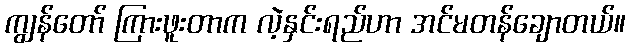
ကျွန်တော် ကြားဖူးတာက လဲ့နှင်းရည်ဟာ အင်မတန်ချောတယ်။